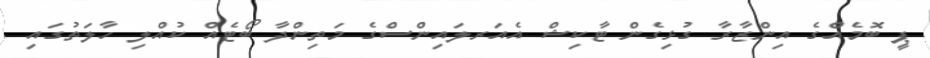
ޕީ ބޮމެއްގެ އިންޒާރާ ގުޅިގެން ޓާކިޝް އެއަރލައިންސްގެ މަތިންދާ ބޯޓެއް ކުއްލި ހާލަތުގައި